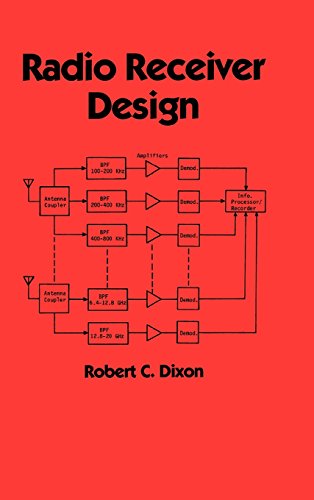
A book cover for Radio Receiver Design (Electrical and Computer Engineering); Robert Dixon; Crafts, Hobbies & Home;